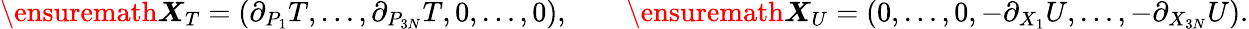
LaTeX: \begin{array}{r}{\ensuremath{\boldsymbol{X}}_{T}=\left(\partial_{P_{1}}T,\ldots,\partial_{P_{3N}}T,0,\ldots,0\right),\qquad\ensuremath{\boldsymbol{X}}_{U}=\left(0,\ldots,0,-\partial_{X_{1}}U,\ldots,-\partial_{X_{3N}}U\right).}\end{array}